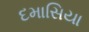
દમાસિયા